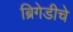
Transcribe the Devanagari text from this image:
ब्रिगेडीचे